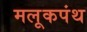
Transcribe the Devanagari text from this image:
मलूकपंथ